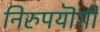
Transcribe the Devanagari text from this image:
निरुपयॊगी